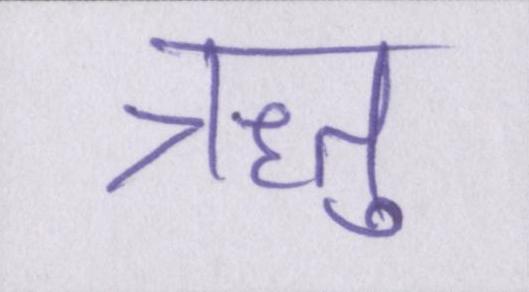
ऋतु